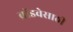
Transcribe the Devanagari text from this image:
ब्रॉडवेसाठी